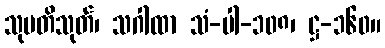
သုပတိသုတ်၊ သဂါထာ သံ-ပါ-၁၀၈၊ ဋ္ဌ-၁၆၀။